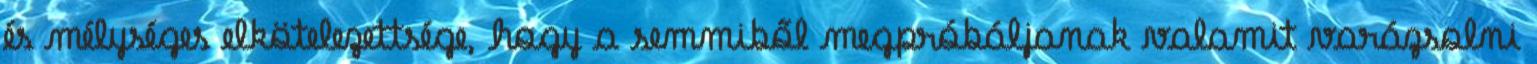
és mélységes elkötelezettsége, hogy a semmiből megpróbáljanak valamit varázsolni